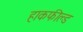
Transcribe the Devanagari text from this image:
हाकफील्ड